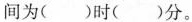
间为( )时( )分。